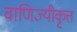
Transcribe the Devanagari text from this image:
वाणिज्यीकृत्त